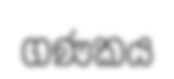
ගණකය